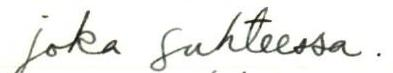
joka suhteessa.